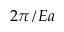
2 \pi / E a